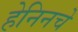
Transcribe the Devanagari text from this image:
हेनिनचे